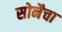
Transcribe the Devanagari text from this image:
सोनैचा